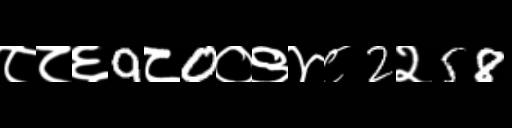
Text: ८८६9८0०९४८2२58